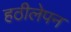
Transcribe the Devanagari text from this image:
हठीलेपन